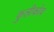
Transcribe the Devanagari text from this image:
कुलीकोव